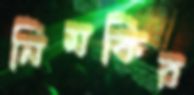
নিমকির